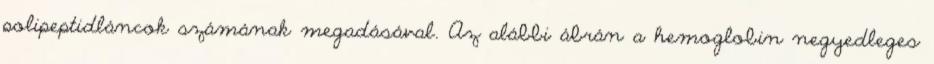
polipeptidláncok számának megadásával. Az alábbi ábrán a hemoglobin negyedleges